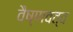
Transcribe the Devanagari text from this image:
वैष्णवत्व